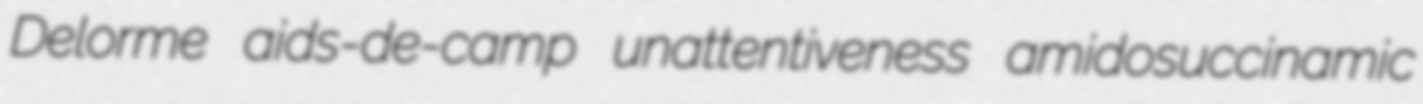
Delorme aids-de-camp unattentiveness amidosuccinamic